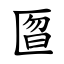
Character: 匫